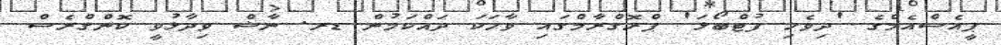
ޕީއެސްއެމްގެ 'ދިވެހި ފުޓްބޯޅަ' ޕްރޮގްރާމްގައި ވާހަކަ ދައްކަމުން ޑރ. ނާޝް ވިދާޅުވީ ކޮންގްރެސް